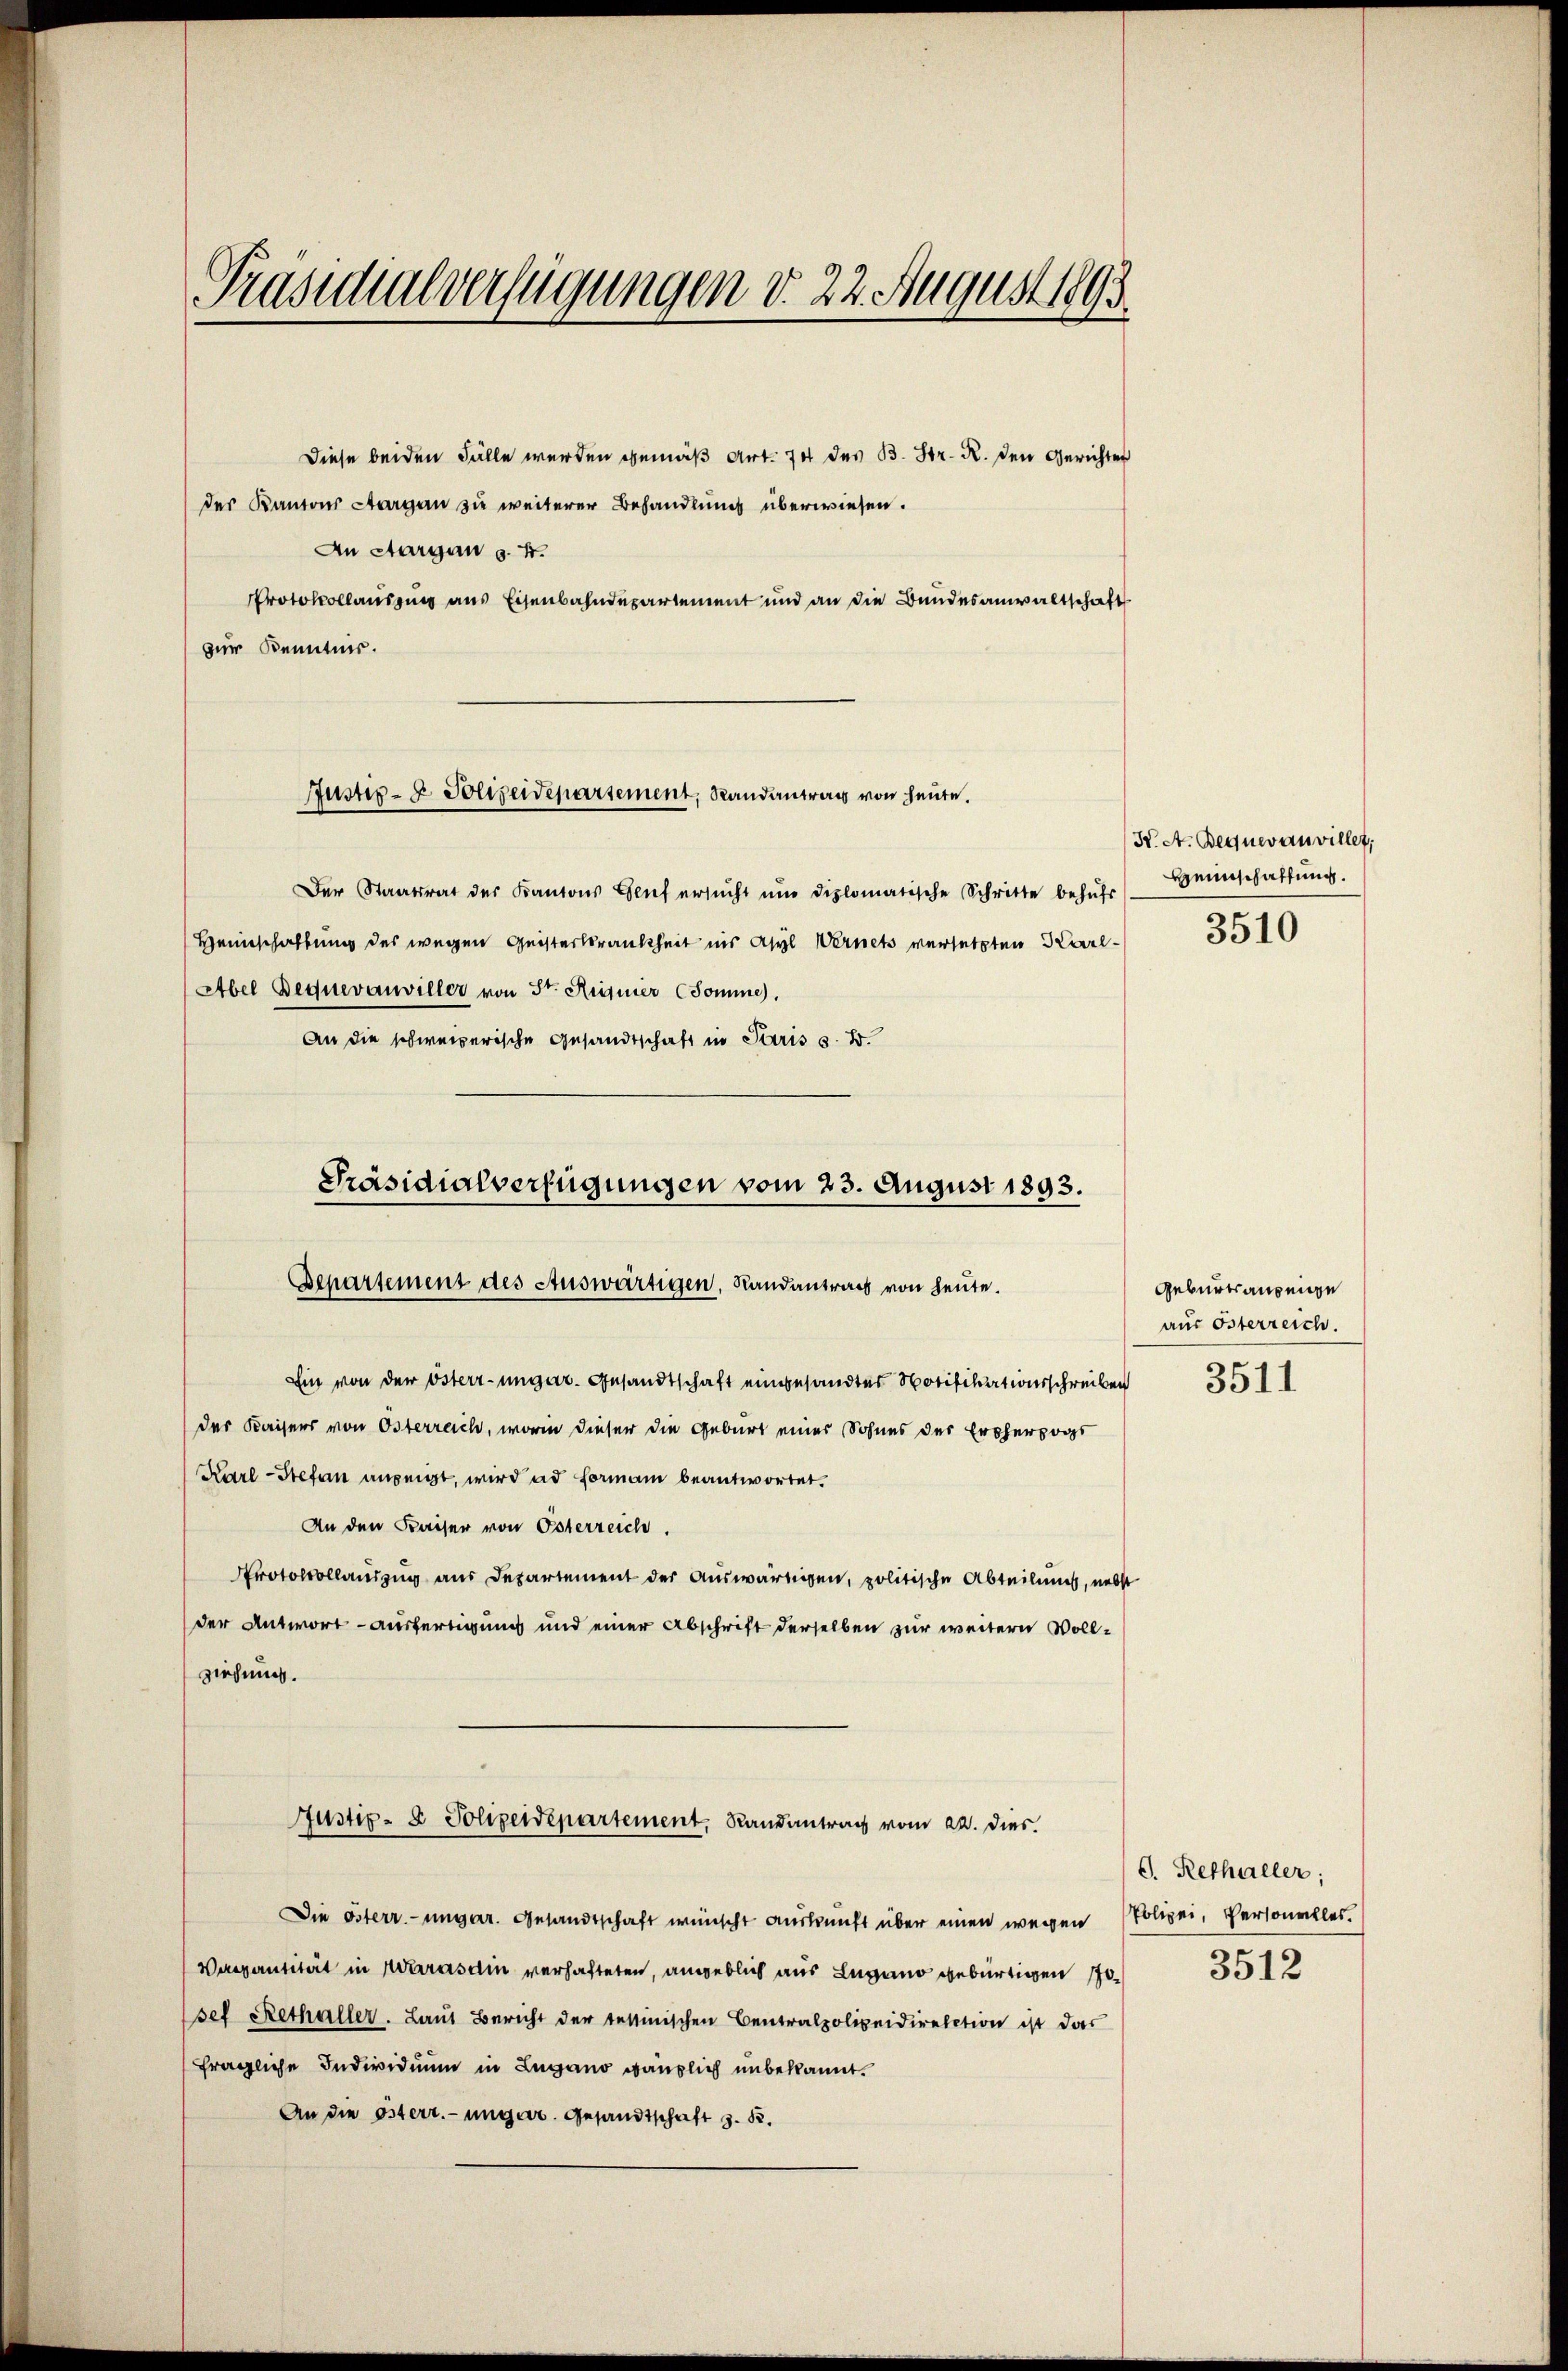
Präsidialverfügungen d. 22. August 1893.

Diese beiden Fälle werden gemäß Art. 74 des B. Hr. R. den Gerichter
des Kantons Aargau zu weiterer Behandlung überwiesen.
An Aargau s. f.
Protokollauszug aus Eisenbahndepartement und an die Bundesanwaltschaft
zur Kenntnis.

Justiz- & Polizeidepartement, Randantrag von heute.

Präsidialverfügungen vom 23. August 1893.
Separtement des Auswärtigen, Landantrags von heute.

Der Staatsrat der Kantons Genf ersŭcht und diplomatische Schritte befŭhr Beinschaffŭng.
Heimschaftung des wegen Geisterkrankheit ins Asyl Wernets versetzten Karl-
Abel Bequevauviller von St. Keiner Somme.
An die schweizerische Gesandtschaft in Paris s. B.
Ein von der Osterr-ungar. Gesandtschaft eingesandter Notifikationsschreiben
der Kaisers von Osterreich, worin dieser die Geburt einer Sohnes des Ertherzogs
Karl Stefan anzeigt, wird ad Formann beantwortet.
An den Kaiser von Österreich.
Protokollauszug aus Departement der auswärtigen, politische Abteilung, nebst
der Antwort- Ausfertigung und einer Abschrift derselben zur weitern Vollziehung.
Justiz- & Polizeidepartement, Randantrag vom 22. Dies
Die Österr.-ungar. Gesandtschaft wünscht Auskunft über einen wegen Polizei, Personales.
Verantität in Warasdin verhafteten, angeblich aus Lugano gebürtigen sosef Rethaller. Laut Bericht der tettinischen Centralpolizeidirektion ist das
fragliche Individuum in Lugano gänzlich unbekannt.
An die Osterr.-ungar. Gesandtschaft z. B.

K. A. Bequevauvillet,
3510

Geburtsanzenge
aus Osterreich.
3511.

6. Rethaller;

3512